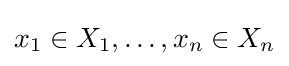
x_{1}\in X_{1},\ldots ,x_{n}\in X_{n}